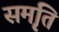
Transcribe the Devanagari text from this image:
सम़ृति